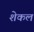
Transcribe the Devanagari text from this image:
शेकल